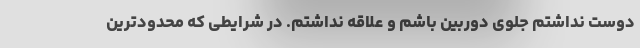
دوست نداشتم جلوی دوربین باشم و علاقه نداشتم. در شرایطی که محدودترین